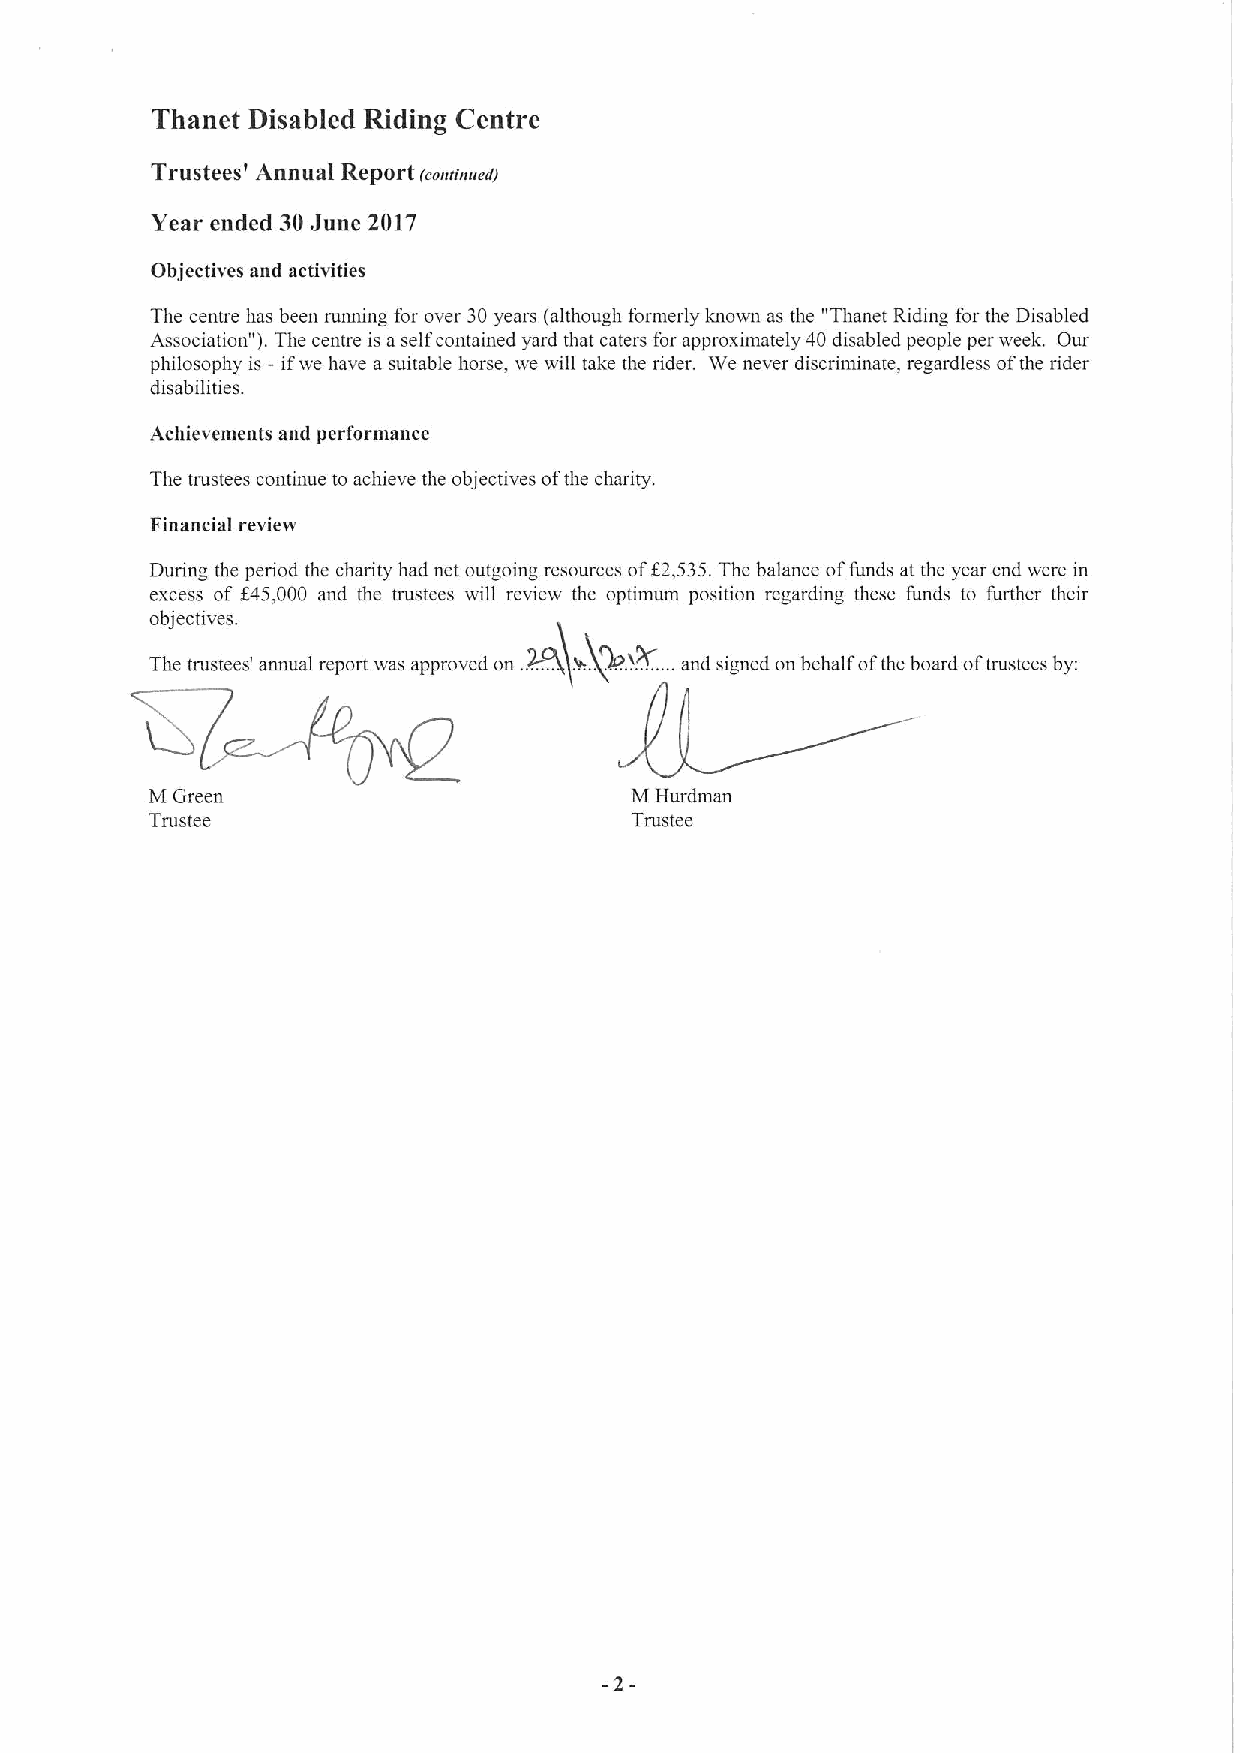
Thanet Disabled Riding Centre
 Trustees' Annual Report t. wravwedj
 Year ended 30June 2017
 Objectives and activities
 The centre has been running for over 30years (although formerly known as the "Thanet Riding for the Disabled
 Association" ).The centre is aselfcontained yard that caters for approximately 40 disabled people per week. Our
 philosophy is —ifwe have a suitable horse, we will take the nder. We never dtscnminate, regardless ofthe rider
 disabilities.
 Achievements and performance
 The trustees continue to achieve the objectives ofthe charity.
 Financial review
 During the period the charity had net outgoing resources off2,535.The balance offunds at the year end were in
 excess of f45,000 and the trustees will review the optimum position regarding these funds to further theu.
 objectives.
 The trustees' annual report was approved on .W. , la..Wx+. ...and signed on behalf ofthe board oftrustees by:
 M Green                         M Hurdman
 Trustee                         Trustee